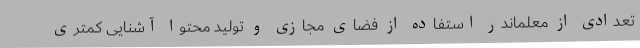
تعدادی از معلماندر استفاده از فضای مجازی و تولید محتوا آشنایی کمتری